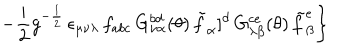
LaTeX: \left. - \frac { i } { 2 } g ^ { - \frac { 1 } { 2 } } \, \epsilon _ { \mu \nu \lambda } \, f _ { a b c } \, G _ { \nu \alpha } ^ { b d } ( \theta ) \, { \tilde { f } } _ { \alpha } ] ^ { d } \, G _ { \lambda \beta } ^ { c e } ( \theta ) \, { \tilde { f } } _ { \beta } ^ { e } \right\}